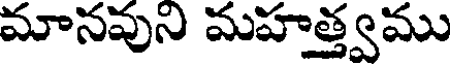
మానవుని మహత్త్వము